Indian journal of veterinary science and animal husbandry - Volume 4,
Year: 1934
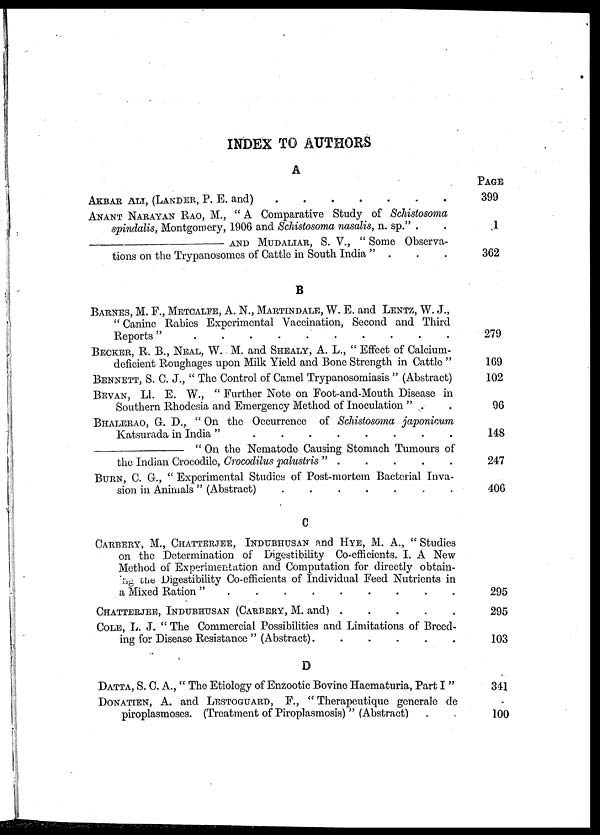
INDEX TO AUTHORS
A
AKBAR ALI, (LANDER, P. E. and)
.
.
.
.
ANANT NARAYAN RAO, M., " A Comparative Study of Schistosoma
spindalis, Montgomery, 1906 and Schistosoma nasalis, n. sp." . .
—
AND
MUDALIAR,
S. V., " Some Observa-
tions on the Trypanosomes of Cattle in South India " . . .
B
BARNES, M. F., METCALFE, A. N., MARTINDALE, W. E. and LENTZ, W. J.,
" Canine Rabies Experimental Vaccination, Second and Third
Reports " . . . . . . . . . .
BECKER, R. B., NEAL, W. M. and SHEALY, A. L., " Effect of Calcium-
deficient Roughages upon Milk Yield and Bone Strength in Cattle "
BENNETT, S. C. J., " The Control of Camel Trypanosomiasis " (Abstract)
BEVAN, LI. E. W., " Further Note on Foot-and-Mouth Disease in
Southern Rhodesia and Emergency Method of Inoculation " . .
BHALERAO, G. D., " On the Occurrence of Schistosoma japonicum
Katsurada in India "
.
.
.
.
.
.
.
—
"
On
the
Nematode
Causing
Stomach
Tumours
of
the Indian Crocodile, Crocodilus palustris " . . . . .
BURN, C. G., " Experimental Studies of Post-mortem Bacterial Inva-
sion in Animals " (Abstract)
.......
C
CARBERY, M., CHATTERJEE, INDUBHUSAN and HYE, M. A., " Studies
on the Determination of Digestibility Co-efficients. I. A New
Method of Experimentation and Computation for directly obtain-
ing the Digestibility Co-efficients of Individual Feed Nutrients in
a Mixed Ration
".........
CHATTERJEE, INDUBHUSAN (CARBERY, M. and)
.
.
.
.
.
COLE, L. J. " The Commercial Possibilities and Limitations of Breed-
ing for Disease Resistance " (Abstract).
.
.
.
.
.
D
DATTA, S. C. A., " The Etiology of Enzootic Bovine Haematuria, Part I "
DONATIEN, A. and LESTOGUARD, F., " Therapeutique generale de
piroplasmoses. (Treatment of Piroplasmosis) " (Abstract) . .
PAGE
399
1
362
279
169
102
96
148
247
406
295
295
103
341
100